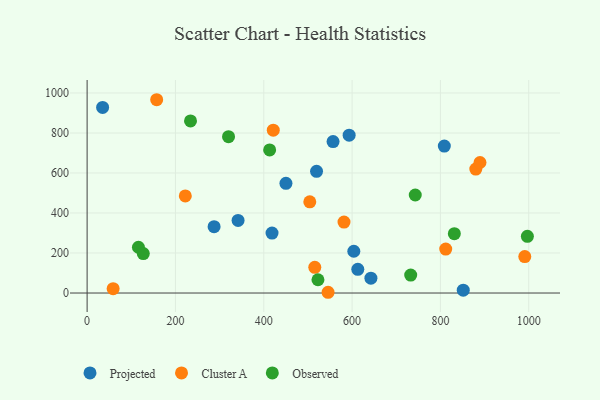
{"axis": {"x": "Distance", "y": "Yield"}, "legend": ["Cluster A", "Observed", "Projected"], "data": [{"x": "418.7", "y": 299.5, "type": "Projected"}, {"x": "808.8", "y": 734.6, "type": "Projected"}, {"x": "593.3", "y": 789.0, "type": "Projected"}, {"x": "341.8", "y": 363.1, "type": "Projected"}, {"x": "851.7", "y": 14.4, "type": "Projected"}, {"x": "603.9", "y": 208.8, "type": "Projected"}, {"x": "519.5", "y": 608.2, "type": "Projected"}, {"x": "450.2", "y": 548.5, "type": "Projected"}, {"x": "35.1", "y": 928.0, "type": "Projected"}, {"x": "287.5", "y": 331.6, "type": "Projected"}, {"x": "642.6", "y": 74.2, "type": "Projected"}, {"x": "612.9", "y": 118.3, "type": "Projected"}, {"x": "556.9", "y": 757.1, "type": "Projected"}, {"x": "421.5", "y": 813.9, "type": "Cluster A"}, {"x": "581.7", "y": 354.6, "type": "Cluster A"}, {"x": "222.3", "y": 485.2, "type": "Cluster A"}, {"x": "504.2", "y": 455.8, "type": "Cluster A"}, {"x": "880.1", "y": 619.8, "type": "Cluster A"}, {"x": "812.0", "y": 219.8, "type": "Cluster A"}, {"x": "889.6", "y": 652.5, "type": "Cluster A"}, {"x": "157.5", "y": 966.3, "type": "Cluster A"}, {"x": "991.0", "y": 182.3, "type": "Cluster A"}, {"x": "58.9", "y": 21.7, "type": "Cluster A"}, {"x": "515.5", "y": 128.5, "type": "Cluster A"}, {"x": "545.6", "y": 3.7, "type": "Cluster A"}, {"x": "320.2", "y": 781.6, "type": "Observed"}, {"x": "831.5", "y": 296.9, "type": "Observed"}, {"x": "996.9", "y": 283.6, "type": "Observed"}, {"x": "413.3", "y": 715.1, "type": "Observed"}, {"x": "116.2", "y": 228.7, "type": "Observed"}, {"x": "732.7", "y": 89.9, "type": "Observed"}, {"x": "127.2", "y": 197.0, "type": "Observed"}, {"x": "743.0", "y": 489.9, "type": "Observed"}, {"x": "234.1", "y": 860.3, "type": "Observed"}, {"x": "522.7", "y": 66.2, "type": "Observed"}]}